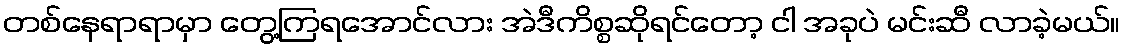
တစ်နေရာရာမှာ တွေ့ကြရအောင်လား အဲဒီကိစ္စဆိုရင်တော့ ငါ အခုပဲ မင်းဆီ လာခဲ့မယ်။